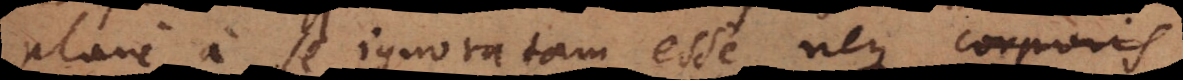
plane a se ignoratam esse, neque corporis